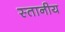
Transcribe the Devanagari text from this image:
स्तानीय